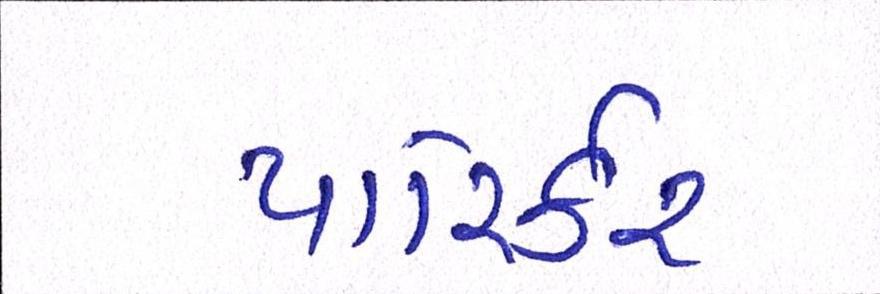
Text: પારિર્કર